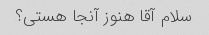
سلام آقا هنوز آنجا هستی؟